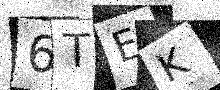
Text: 6TEK